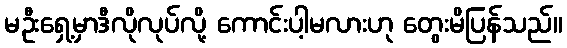
မဦးရှေ့မှာဒီလိုလုပ်လို့ ကောင်းပါ့မလားဟု တွေးမိပြန်သည်။